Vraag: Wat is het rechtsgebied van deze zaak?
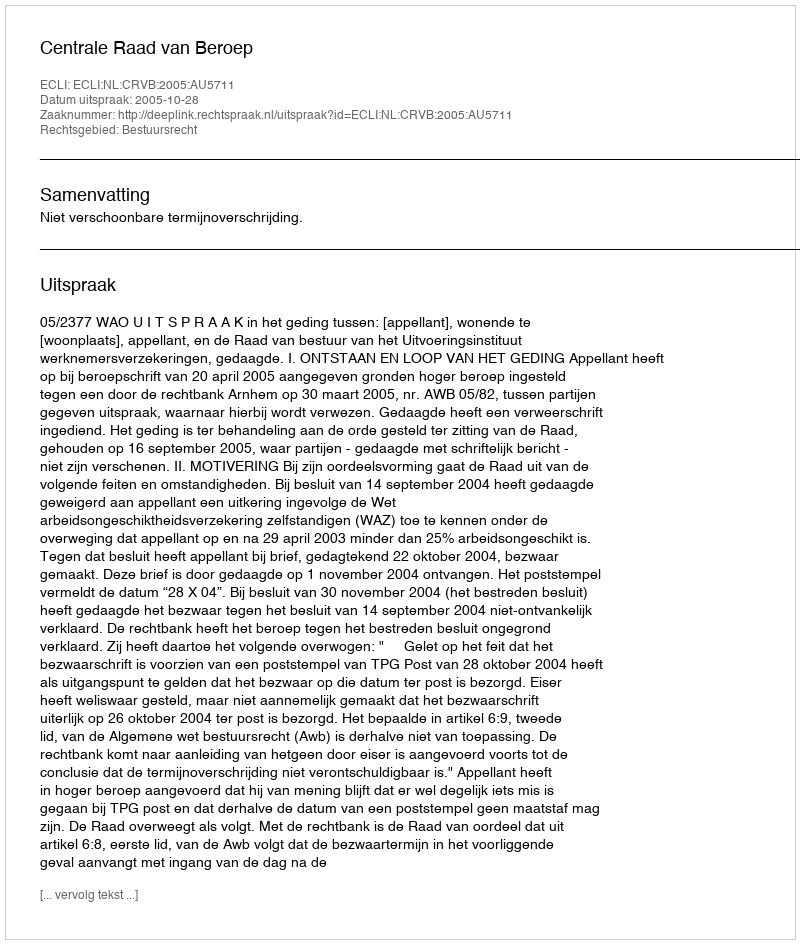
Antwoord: Bestuursrecht